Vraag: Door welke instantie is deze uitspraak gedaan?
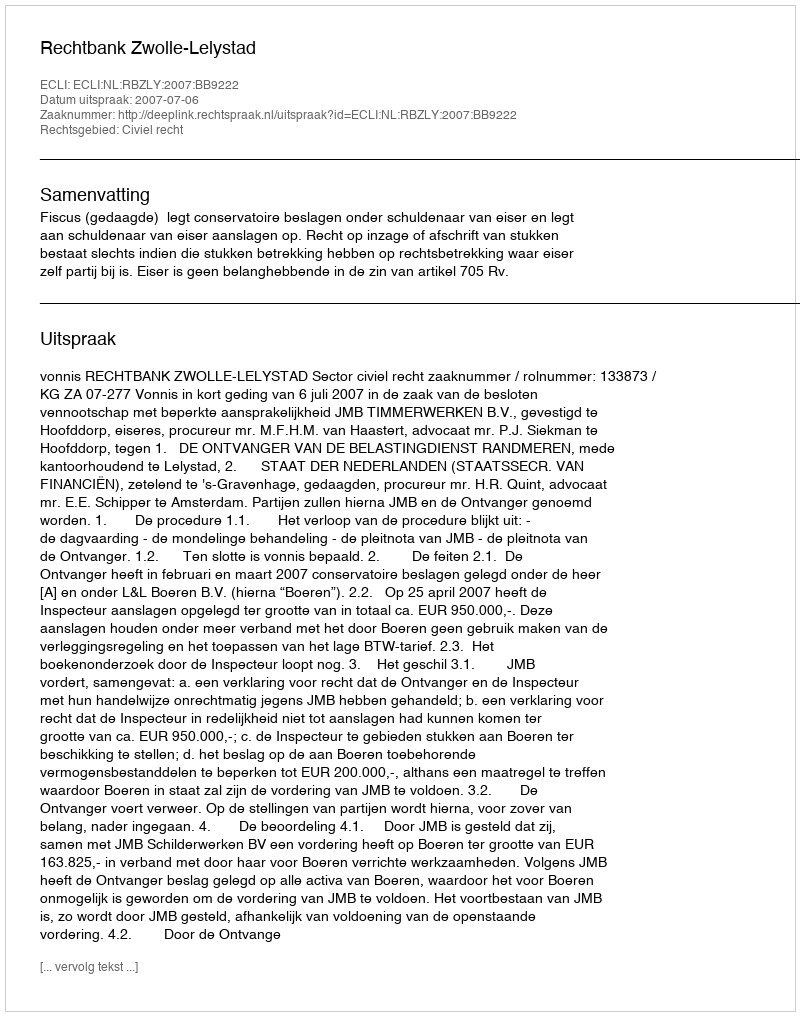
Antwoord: Rechtbank Zwolle-Lelystad